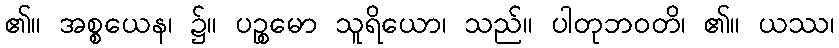
၏။ အစ္စယေန၊ ၌။ ပဉ္စမော သူရိယော၊ သည်။ ပါတုဘဝတိ၊ ၏။ ယဿ၊